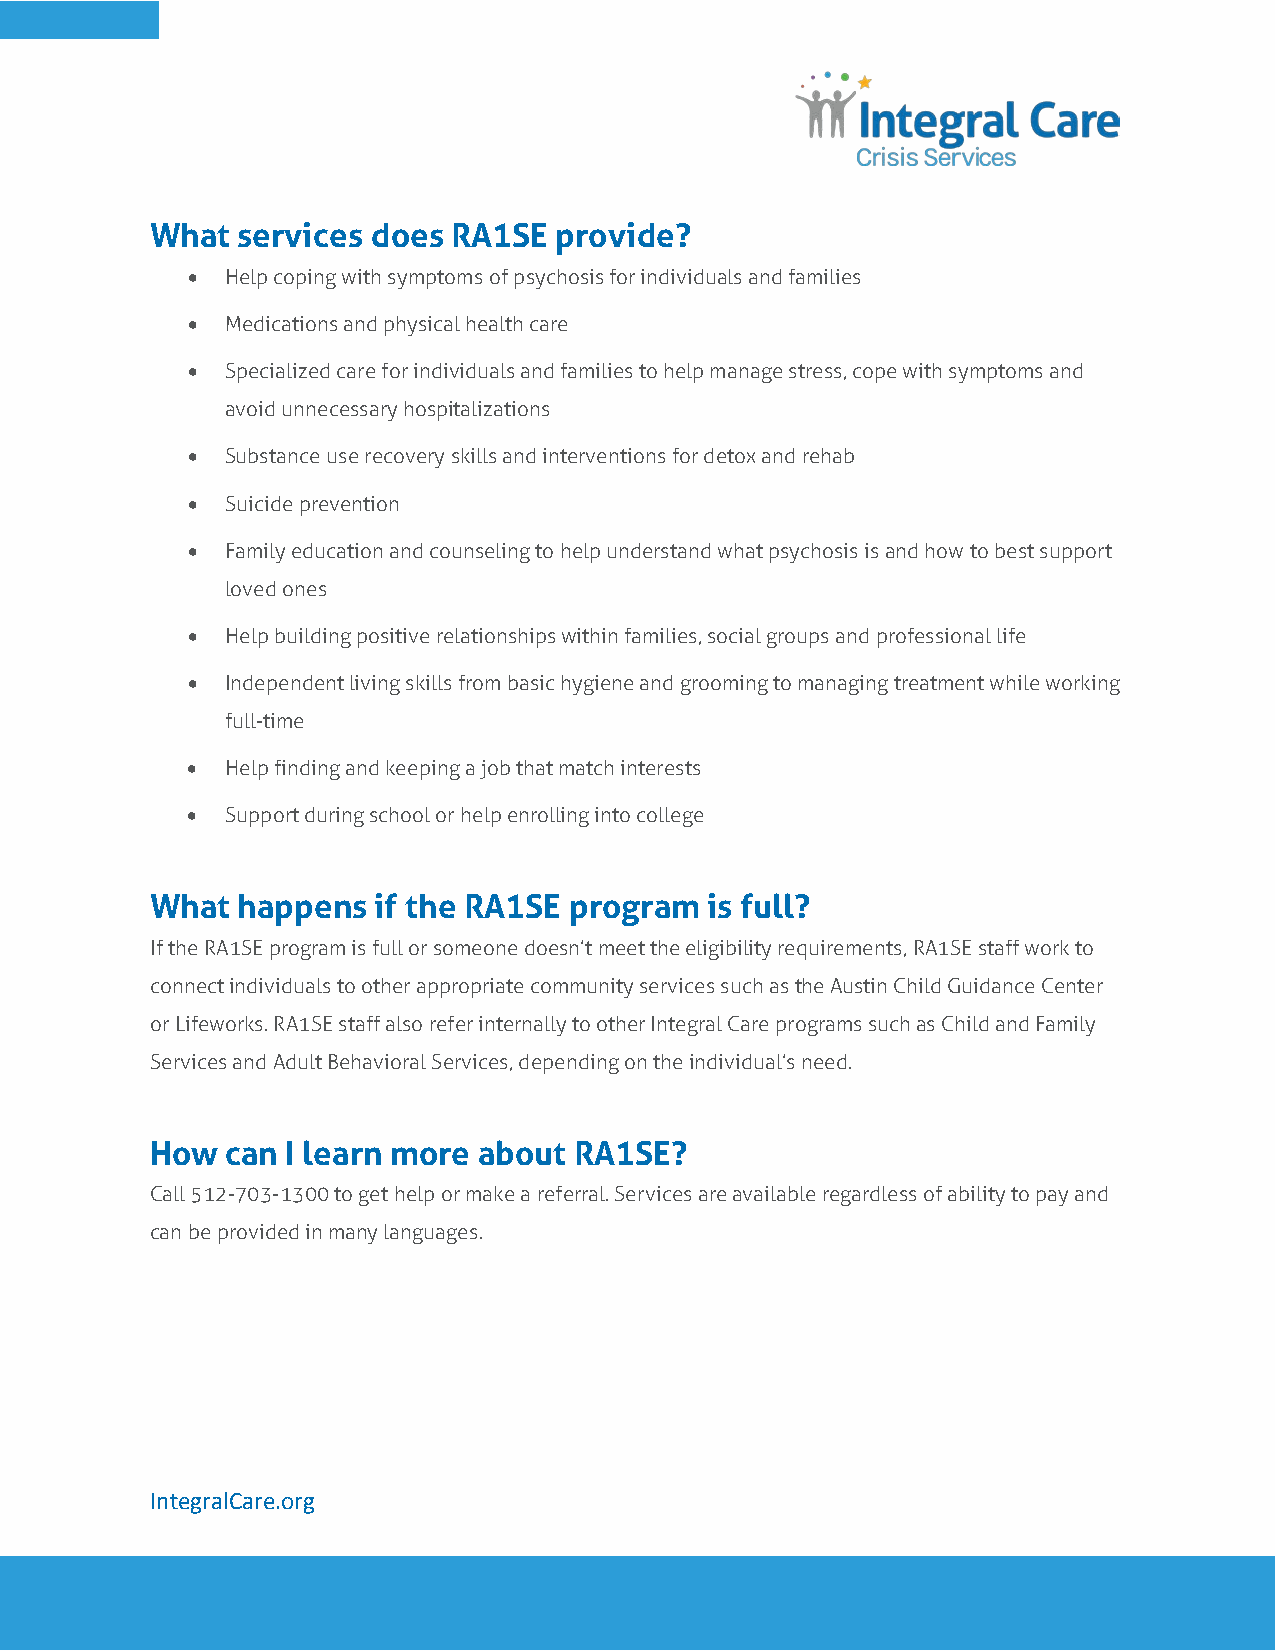
What  services does RA1SE  provide?
 •  Help coping with symptoms of psychosis for individuals and families
 •  Medications and physical health care
 •  Specialized care for individuals and families to help manage stress, cope with symptoms and
 avoid unnecessary hospitalizations
 •  Substance use recovery skills and interventions for detox and rehab
 •  Suicide prevention
 •  Family education and counseling to help understand what psychosis is and how to best support
 loved ones
 •  Help building positive relationships within families, social groups and professional life
 •  Independent living skills from basic hygiene and grooming to managing treatment while working
 full-time
 •  Help finding and keeping a job that match interests
 •  Support during school or help enrolling into college
 What  happens  if the RA1SE program  is full?
 If the RA1SE program is full or someone doesn’t meet the eligibility requirements, RA1SE staff work to
 connect individuals to other appropriate community services such as the Austin Child Guidance Center
 or Lifeworks. RA1SE staff also refer internally to other Integral Care programs such as Child and Family
 Services and Adult Behavioral Services, depending on the individual’s need.
 How  can I learn more about RA1SE?
 Call 512-703-1300 to get help or make a referral. Services are available regardless of ability to pay and
 can be provided in many languages.
 IntegralCare.org